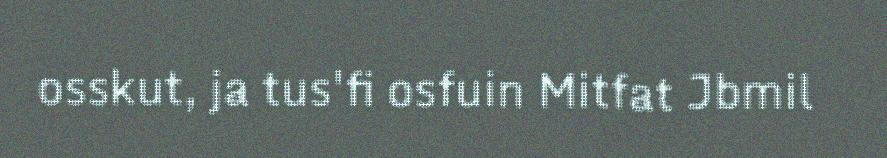
osskut, ja tus'fi osfuin Mitfat Jbmil